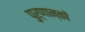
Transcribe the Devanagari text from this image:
पुर्णान्कों